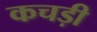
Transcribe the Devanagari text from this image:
कचड़ी